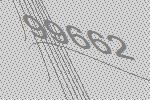
99662